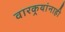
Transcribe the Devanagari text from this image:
वारकर्‍यांनाही